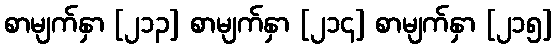
စာမျက်နှာ [၂၁၃] စာမျက်နှာ [၂၁၄] စာမျက်နှာ [၂၁၅]